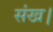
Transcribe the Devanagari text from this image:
संख।